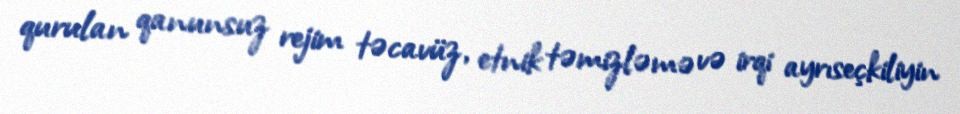
qurulan qanunsuz rejim təcavüz, etnik təmizləmə və irqi ayrıseçkiliyin